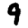
Digit: 9